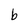
Character: b